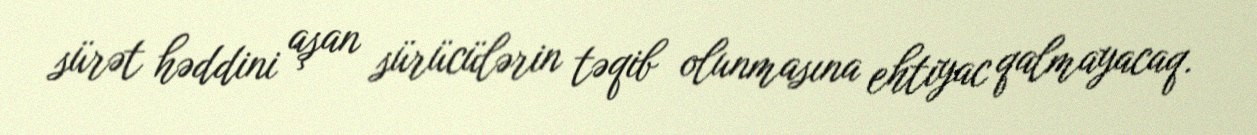
sürət həddini aşan sürücülərin təqib olunmasına ehtiyac qalmayacaq.